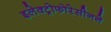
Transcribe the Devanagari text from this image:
इलेक्ट्रोफोरेसीनने